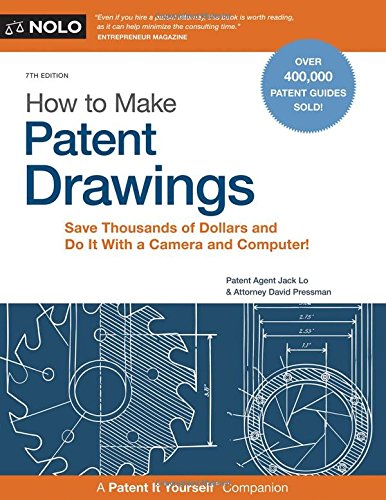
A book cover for How to Make Patent Drawings: Save Thousands of Dollars and Do It With a Camera and Computer!; Jack Lo; Law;